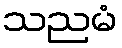
သညမံ